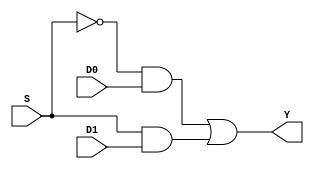
`timescale 1ns / 1ps
//////////////////////////////////////////////////////////////////////////////////
// Company: 
// Engineer: 
// 
// Design Name: 
// Module Name: two_one_Mux
// Project Name: 
// Target Devices: 
// Tool Versions: 
// Description: 
// 
// Dependencies: 
// 
// Revision:
// Revision 0.01 - File Created
// Additional Comments:
// 
//////////////////////////////////////////////////////////////////////////////////


module two_one_Mux(
    input D0,
    input D1,
    input S,
    output Y
    );
    
    assign Y = ((!S)&D0)|(S&D1);
    
endmodule